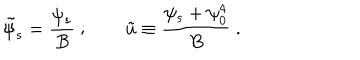
\tilde { \psi } _ { s } = { \frac { \psi _ { s } } { B } } \ ; \qquad \tilde { u } \equiv { \frac { \psi _ { s } + \psi _ { 0 } ^ { 4 } } { B } } \ .